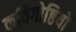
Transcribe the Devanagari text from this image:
कविगोष्ठियों